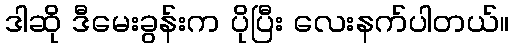
ဒါဆို ဒီမေးခွန်းက ပိုပြီး လေးနက်ပါတယ်။